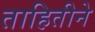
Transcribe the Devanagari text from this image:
ताहितीने